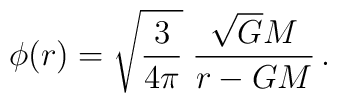
\phi (r)=\sqrt{\frac{3}{4\pi }}\;\frac{\sqrt{G}M}{r-GM}\,.